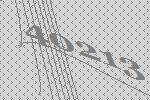
40213